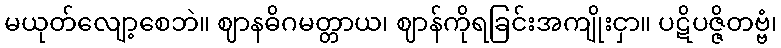
မယုတ်လျော့စေဘဲ။ ဈာနဓိဂမတ္တာယ၊ ဈာန်ကိုရခြင်းအကျိုးငှာ။ ပဋိပဇ္ဇိတဗ္ဗံ၊